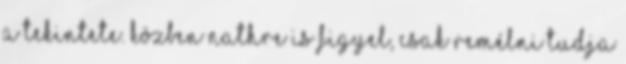
a tekintete. Közben Nathre is figyel, csak remélni tudja